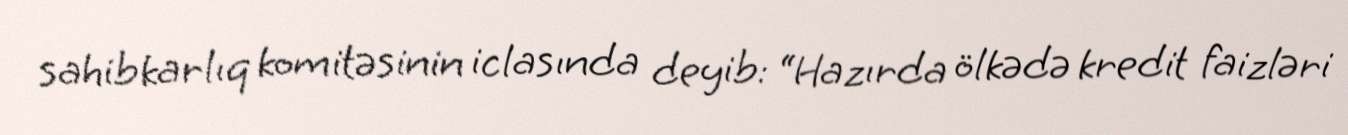
sahibkarlıq komitəsinin iclasında deyib: “Hazırda ölkədə kredit faizləri